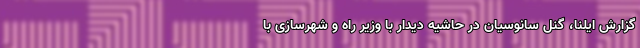
گزارش ایلنا، گنل سانوسیان در حاشیه دیدار با وزیر راه و شهرسازی با